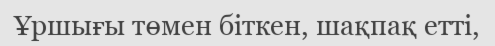
Ұршығы төмен біткен, шақпақ етті,